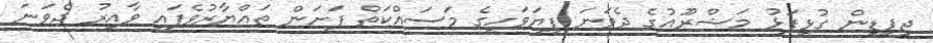
ޖީޕީޑީން ގުޅީފަޅު މަޝްރޫއުގެ ދެވަނަ ފިޔަވަހީގެ މަސައްކަތް ފަށަން ތައްޔާރުވެފައި ވާއިރު ދެވަނަ